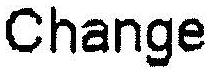
CHANGE